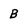
Character: B